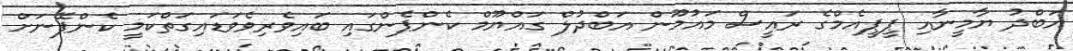
އަބްދު ޔާމީނާއި ޕީޕީއެމްގެ ރައީސް މައުމޫން އަބްދުލް ގައްޔޫމް ކެންޕެންގައި ބައިވެރިވެވަޑައިގަތްކަމީ ކެންޕޭނަށް